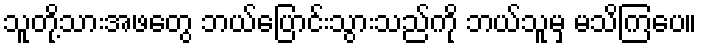
သူတို့သားအဖတွေ ဘယ်ပြောင်းသွားသည်ကို ဘယ်သူမှ မသိကြပေ။